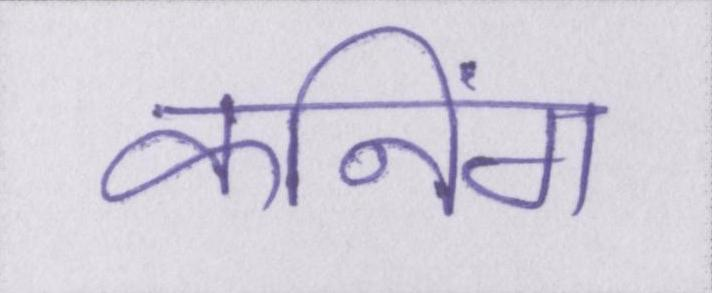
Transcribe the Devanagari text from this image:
कनिंग